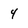
Character: 4